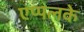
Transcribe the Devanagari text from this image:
एप्पलके